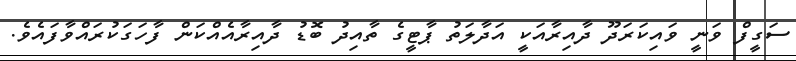
ސަގީފް ވަނީ ވައިކަރަދޫ ދާއިރާއަކީ އަދާލަތު ޕާޓީގެ ތާއިދު ބޮޑު ދާއިރާއެއްކަން ފާހަގަކުރައްވާފައެވެ.